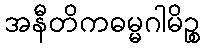
အနီတိကဓမ္မဂါမိဉ္စ